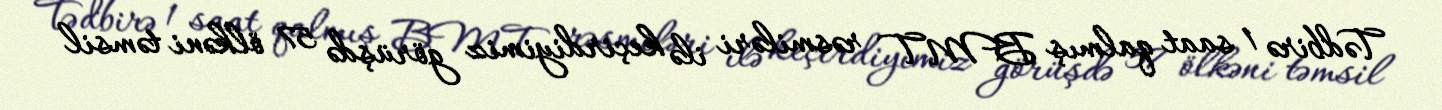
Tədbirə 1 saat qalmış BMT rəsmiləri ilə keçirdiyimiz görüşdə 57 ölkəni təmsil